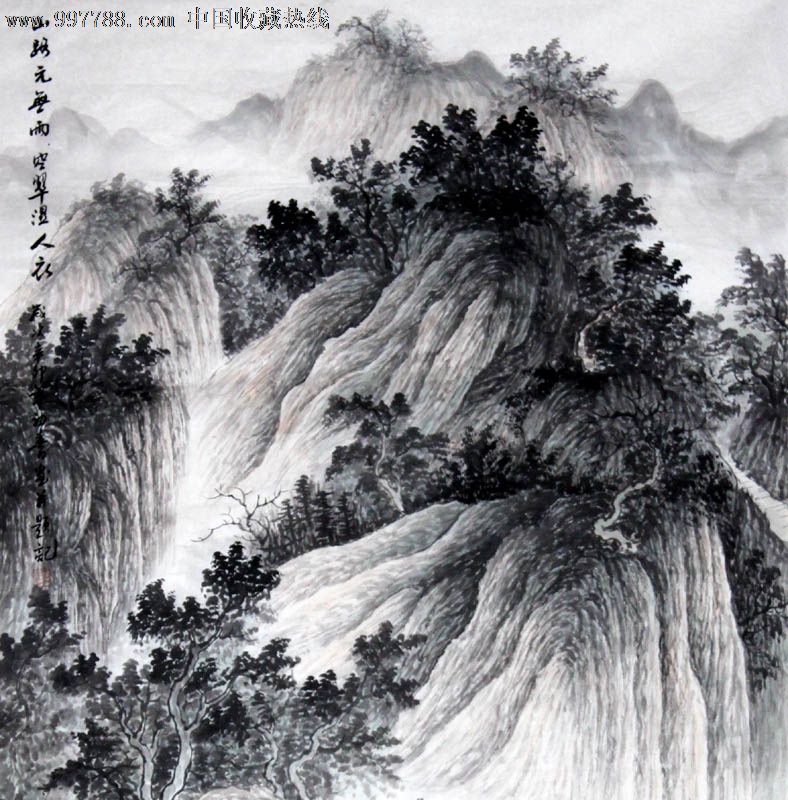
山路元无雨，空翠湿人衣。